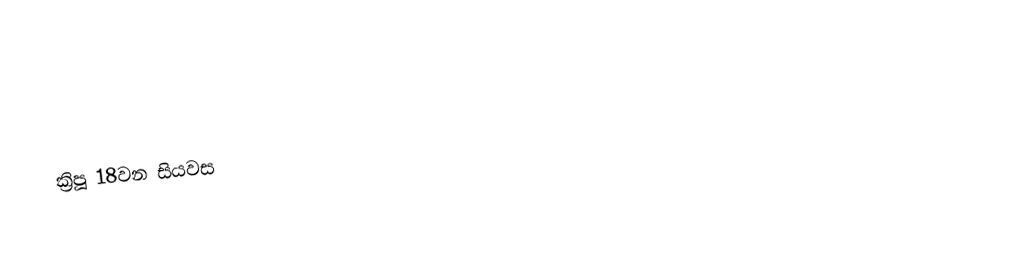
ක්‍රිපූ 18වන සියවස